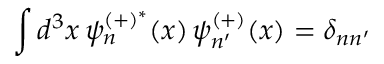
\int d ^ { 3 } x \, \psi _ { n } ^ { ( + ) ^ { * } } ( x ) \, \psi _ { n ^ { \prime } } ^ { ( + ) } ( x ) = \delta _ { n n ^ { \prime } }